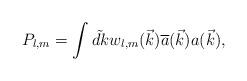
LaTeX: \begin{align*}P_{l,m} = \int{\tilde{dk}} w_{l,m}(\vec k) {\overline{a}}(\vec k) a(\vec k),\end{align*}